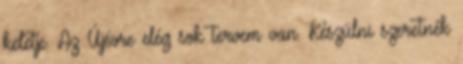
keletje. Az Újévre elég sok tervem van. Készülni szeretnék